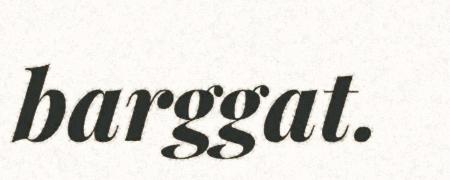
barggat.